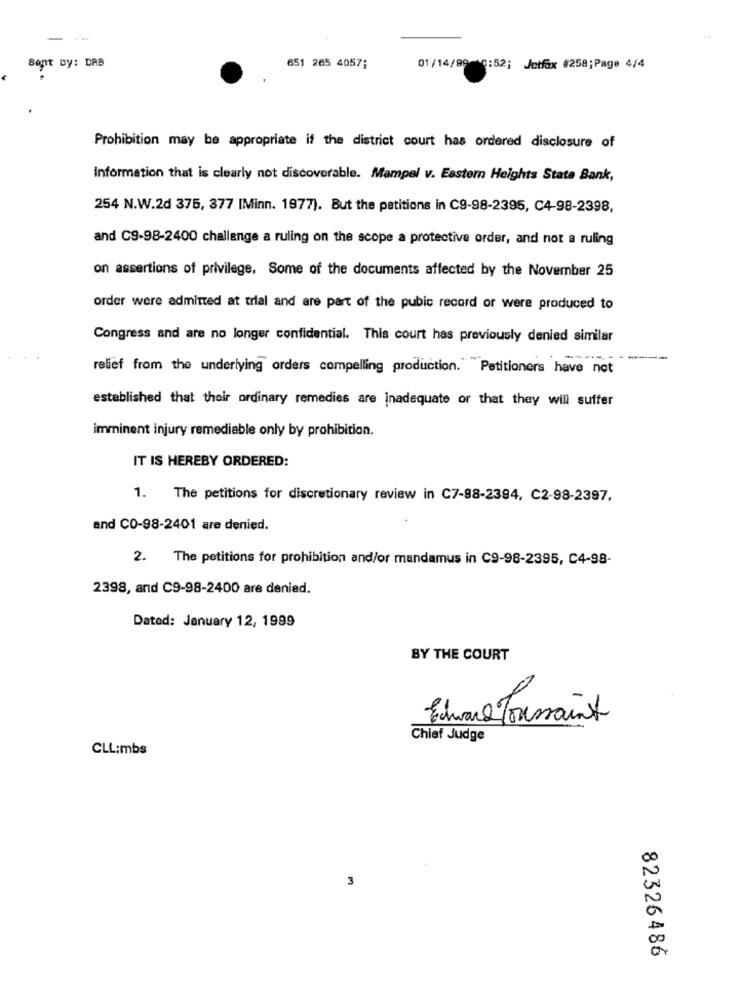
---
Sent by: DAB
651 265 4057;
01/14/99 10:52; Jetfax #258;Page 4/4
Prohibition may be appropriate if the district court has ordered disclosure of
Information that is clearly not discoverable. Mampel v. Eastern Heights State Bank,
254 N.W.2d 375, 377 [Minn. 1977). But the petitions in C9-98-2395, C4-98-2398,
and C9-98-2400 challenge a ruling on the scope a protective order, and not a ruling
on assertions of privilege. Some of the documents affected by the November 25
order were admitted at trial and are part of the pubic record or were produced to
Congress and are no longer confidential. This court has previously denied similar
relief from the underlying orders compelling production."Petitioners have not
established that their ordinary remedies are Inadequate or that they will suffer
imminent injury remediable only by prohibition.
IT IS HEREBY ORDERED:
1. The petitions for discretionary review in C7-98-2394, C2-98-2397.
and CO-98-2401 are denied.
2. The petitions for prohibition and/or mandamus in C9-98-2395, C4-98-
2398, and C9-98-2400 are denied.
Dated: January 12, 1999
BY THE COURT
Edward Tous
Prissaint
Chief Judge
CLLimbs
3
82326486